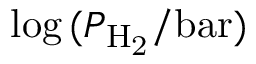
\log { ( P _ { \mathrm { H _ { 2 } } } / \mathrm { b a r } ) }